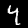
Label: 4